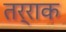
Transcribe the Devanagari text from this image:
तर्राक